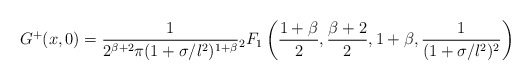
\begin{align*}G^+(x,0) = \frac{1}{2^{\beta+2}\pi (1+\sigma /l^2)^{1+\beta}} {}_2 F_1\left( \frac{1+\beta}{2},\frac{\beta+2}{2},1+\beta, \frac{1}{(1+\sigma /l^2)^2}\right)\end{align*}